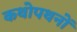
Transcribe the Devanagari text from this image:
कथोपथनों